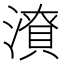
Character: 𭲜